Civil Veterinary Department. Madras. Admin. report 1926-33 - 1926-1933
Year: 1926
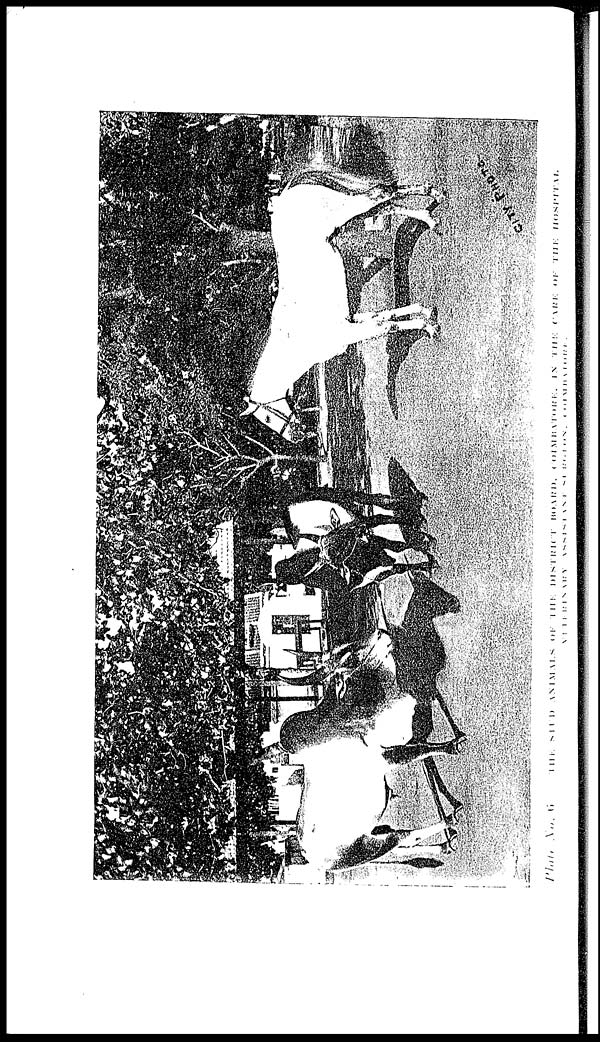
Plate No. 6 THE STUD ANIMALS OF THE DISTRICT BOARD COIMBATORE, IN THE CARE OF THE HOSPITAL
VETERINARY ASSISTANT SURGENS COIMBATORE.